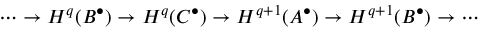
\cdots \rightarrow H ^ { q } ( B ^ { \bullet } ) \rightarrow H ^ { q } ( C ^ { \bullet } ) \rightarrow H ^ { q + 1 } ( A ^ { \bullet } ) \rightarrow H ^ { q + 1 } ( B ^ { \bullet } ) \rightarrow \cdots